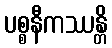
ပစ္စနီကဿန္တိ